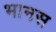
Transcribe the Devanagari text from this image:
भानस